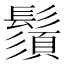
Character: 鬚